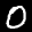
Label: 0